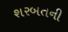
શરબતની